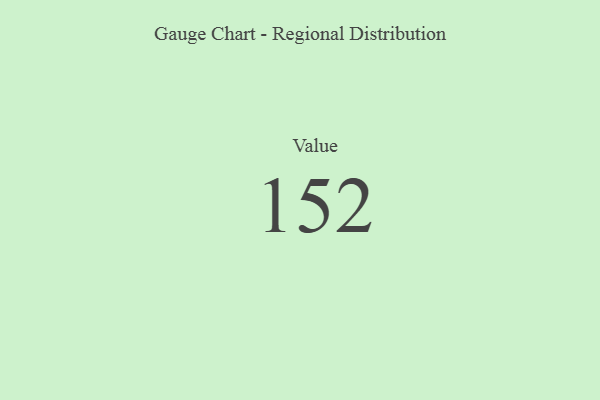
{"axis": {"x": "Metric", "y": "Value"}, "legend": [""], "data": [{"x": "Value", "y": 152, "type": ""}]}